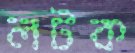
লটক